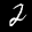
Label: 2